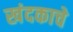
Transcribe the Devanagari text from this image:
खंदकाचे